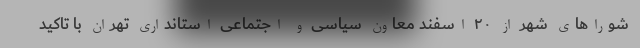
شوراهای شهر از ۲۰ اسفند معاون سیاسی و اجتماعی استانداری تهران با تاکید